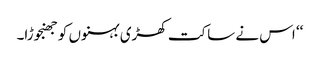
‘‘ اس نے ساکت کھڑی بہنوں کو جھنجوڑا۔